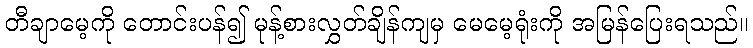
တီချာမေ့ကို တောင်းပန်၍ မုန့်စားလွှတ်ချိန်ကျမှ မေမေ့ရုံးကို အမြန်ပြေးရသည်။